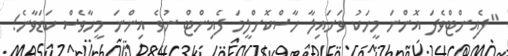
"ފެއިންޓްވެފަ އޮންނަ މީހަކު ވަށައިލާ ހާސްކޮށްލީމަ ފެއިންޓް ނުވެ އިންނަ މީހާވެސް ކަޑަވާނެ!